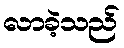
လာခဲ့သည်